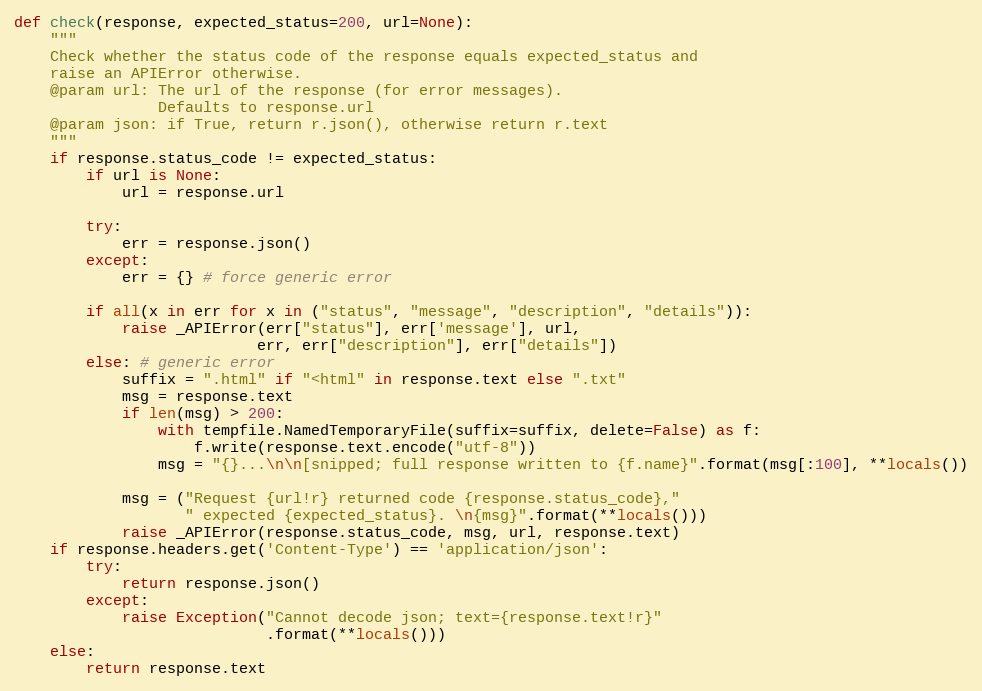
Language: Python
def check(response, expected_status=200, url=None):
    """
    Check whether the status code of the response equals expected_status and
    raise an APIError otherwise.
    @param url: The url of the response (for error messages).
                Defaults to response.url
    @param json: if True, return r.json(), otherwise return r.text
    """
    if response.status_code != expected_status:
        if url is None:
            url = response.url

        try:
            err = response.json()
        except:
            err = {} # force generic error

        if all(x in err for x in ("status", "message", "description", "details")):
            raise _APIError(err["status"], err['message'], url,
                           err, err["description"], err["details"])
        else: # generic error
            suffix = ".html" if "<html" in response.text else ".txt"
            msg = response.text
            if len(msg) > 200:
                with tempfile.NamedTemporaryFile(suffix=suffix, delete=False) as f:
                    f.write(response.text.encode("utf-8"))
                msg = "{}...\n\n[snipped; full response written to {f.name}".format(msg[:100], **locals())

            msg = ("Request {url!r} returned code {response.status_code},"
                   " expected {expected_status}. \n{msg}".format(**locals()))
            raise _APIError(response.status_code, msg, url, response.text)
    if response.headers.get('Content-Type') == 'application/json':
        try:
            return response.json()
        except:
            raise Exception("Cannot decode json; text={response.text!r}"
                            .format(**locals()))
    else:
        return response.text